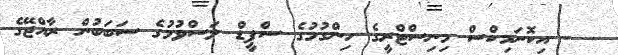
- އިކޮނަމިކްސް މިނިސްޓްރީގެ ހިންގުމުގެ ސްޕީޑް ލަސްވުމުގެ ސަބަބުން ރާއްޖޭގެ